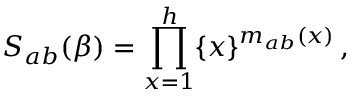
S _ { a b } ( \beta ) = \prod _ { x = 1 } ^ { h } \{ x \} ^ { m _ { a b } ( x ) } \, ,